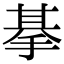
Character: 𢮜